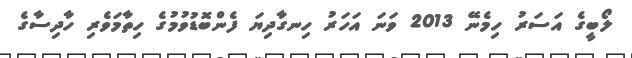
ލޯބީގެ އަސަރު ހިމެނޭ 2013 ވަނަ އަހަރު ހިނގާދިޔަ ފެންބޮޑުވުމުގެ ހިތާމަވެރި ހާދިސާގެ